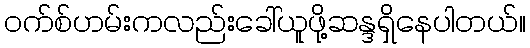
ဝက်စ်ဟမ်းကလည်းခေါ်ယူဖို့ဆန္ဒရှိနေပါတယ်။